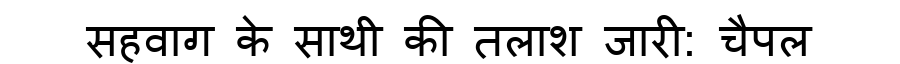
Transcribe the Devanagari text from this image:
सहवाग के साथी की तलाश जारी: चैपल